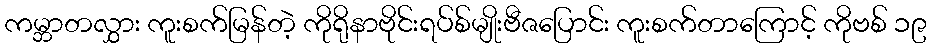
ကမ္ဘာတလွှား ကူးစက်မြန်တဲ့ ကိုရိုနာဗိုင်းရပ်စ်မျိုးဗီဇပြောင်း ကူးစက်တာကြောင့် ကိုဗစ် ၁၉